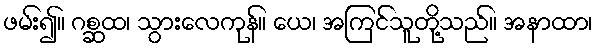
ဖမ်း၍။ ဂစ္ဆထ၊ သွားလေကုန်။ ယေ၊ အကြင်သူတို့သည်။ အနာထာ၊